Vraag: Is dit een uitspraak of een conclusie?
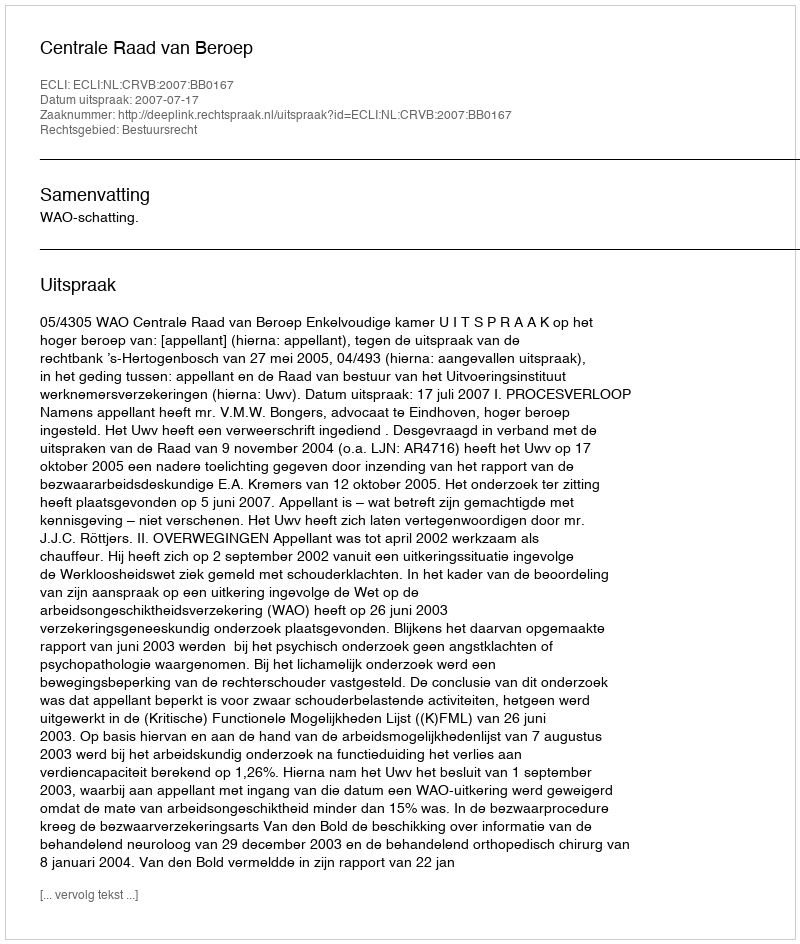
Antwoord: Uitspraak